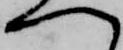
へ